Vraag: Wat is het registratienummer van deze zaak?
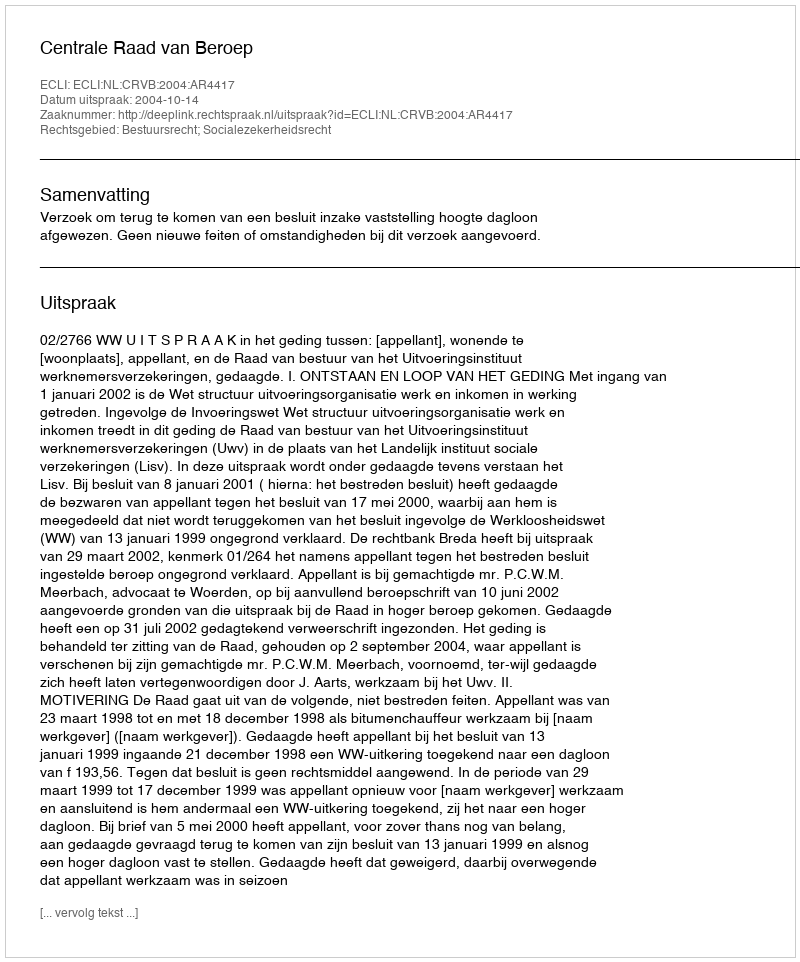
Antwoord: http://deeplink.rechtspraak.nl/uitspraak?id=ECLI:NL:CRVB:2004:AR4417